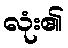
လုံး၏